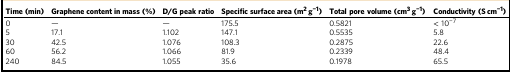
| Time (min) | Graphene content in mass (%) | D/G peak ratio | Specific surface area (m2 g−1) | Total pore volume (cm3 g−1) | Conductivity (S cm−1) |
 | --- | --- | --- | --- | --- | --- |
 | 0 | — | — | 175.5 | 0.5821 | < 10−7 |
 | 5 | 17.1 | 1.102 | 147.1 | 0.5535 | 5.8 |
 | 30 | 42.5 | 1.076 | 108.3 | 0.2875 | 22.6 |
 | 60 | 56.2 | 1.066 | 81.9 | 0.2339 | 48.4 |
 | 240 | 84.5 | 1.055 | 35.6 | 0.1978 | 65.5 |